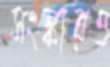
সংস্কারও